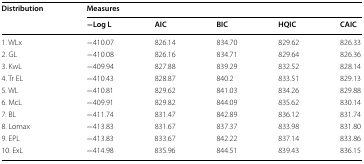
| <ROWSPAN=2> Distribution | <COLSPAN=5> Measures |
 | −Log L | AIC | BIC | HQIC | CAIC |
 | --- | --- | --- | --- | --- | --- |
 | 1. WLx | −410.07 | 826.14 | 834.70 | 829.62 | 826.33 |
 | 2. GL | −410.08 | 826.16 | 834.71 | 829.64 | 826.36 |
 | 3. KwL | −409.94 | 827.88 | 839.29 | 832.52 | 828.14 |
 | 4. Tr EL | −410.43 | 828.87 | 840.2 | 833.51 | 829.13 |
 | 5. WL | −410.81 | 829.62 | 841.03 | 834.26 | 829.88 |
 | 6. McL | −409.91 | 829.82 | 844.09 | 835.62 | 830.14 |
 | 7. BL | −411.74 | 831.47 | 842.89 | 836.12 | 831.74 |
 | 8. Lomax | −413.83 | 831.67 | 837.37 | 833.98 | 831.80 |
 | 9. EPL | −413.83 | 833.67 | 842.22 | 837.14 | 833.86 |
 | 10. ExL | −414.98 | 835.96 | 844.51 | 839.43 | 836.15 |